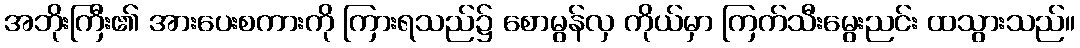
အဘိုးကြီး၏ အားပေးစကားကို ကြားရသည်၌ စောမွန်လှ ကိုယ်မှာ ကြက်သီးမွေးညင်း ထသွားသည်။